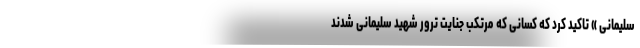
سلیمانی » تاکید کرد که کسانی که مرتکب جنایت ترور شهید سلیمانی شدند